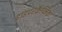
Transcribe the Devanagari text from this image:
हाइपरकैप्निक